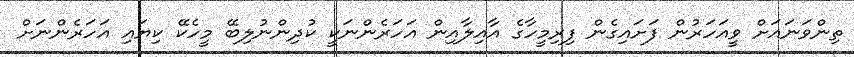
ތިންވަނައަށް ވީއަހަރުން ފަށައިގެން ފިރިމީހާގެ އާއިލާއިން އަހަރެންނަކީ ކުދިންނުލިބޭ މީހެކޭ ކިޔައި އަހަރެންނަށް